Petrogradi_Kontroll-Opteerimise_Komisjon, lk 311
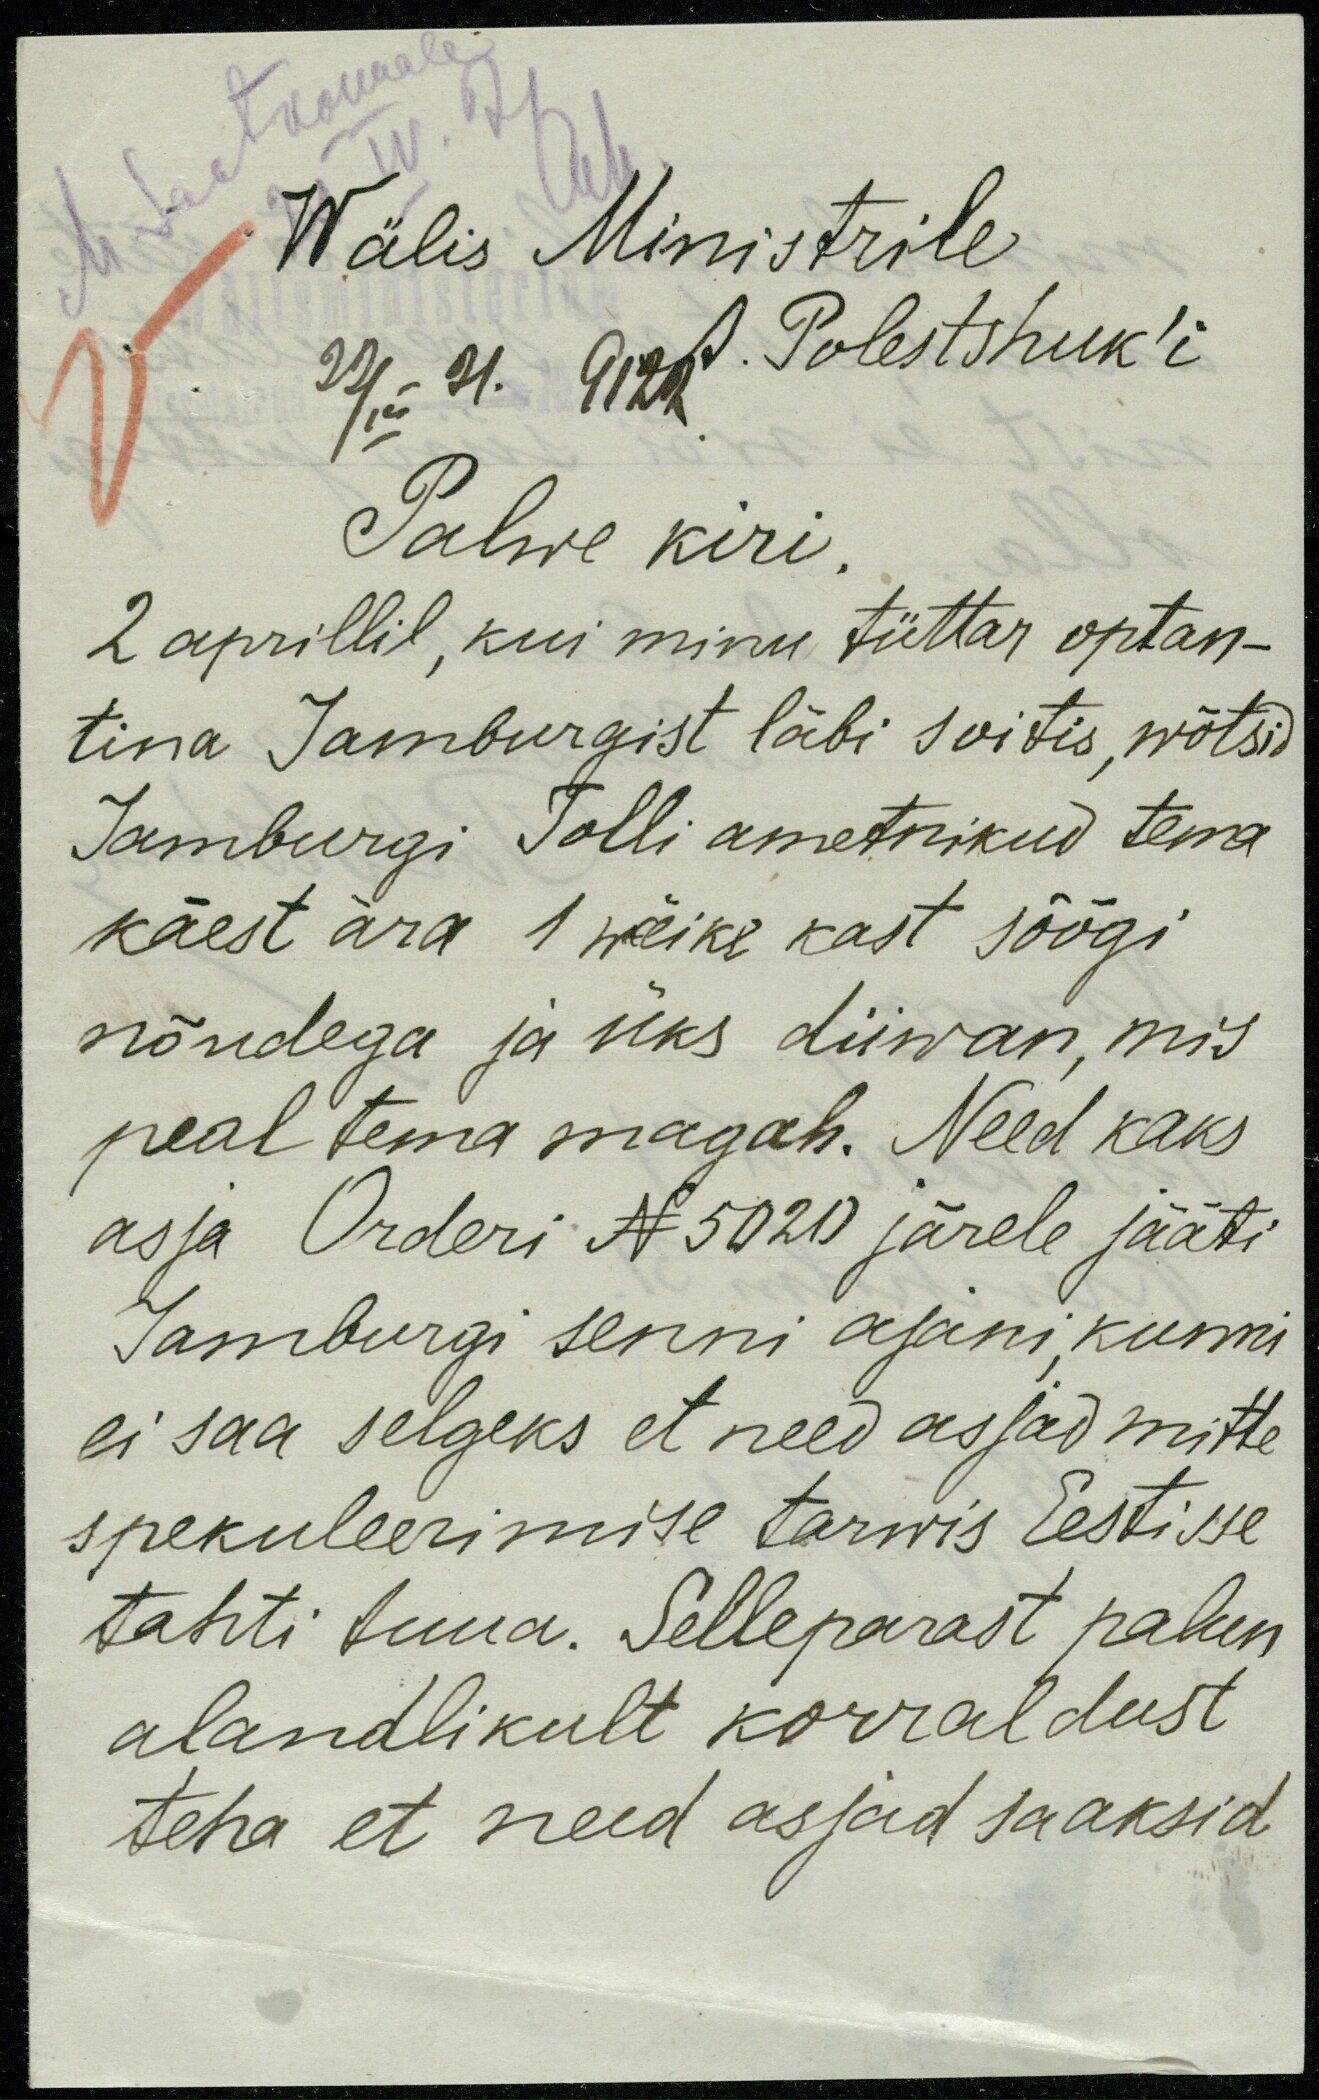
M. Saatkonnale
Wälis Ministrile
22/IV 21. 9122
A. Polestshuk'i
Palwe kiri.
2 aprillil, kui minu tüttar optan-
tina Jamburgist läbi soitis, wõtsid
Jamburgi Tolli ametnikud tema
käest ära 1 wäike kast söögi
nõudega ja üks diiwan, mis
peal tema magab. Need kaks
asja Orderi N 5020 järele jääti
Jamburgi senni ajani, kunni
ei saa selgeks et need asjad mitte
spekuleerimise tarwis Eestisse
tahti tuua. Selleparast palun
alandlikult korraldust
teha et need asjad saaksid